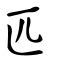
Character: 匹